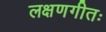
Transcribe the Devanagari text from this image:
लक्षणगीतः